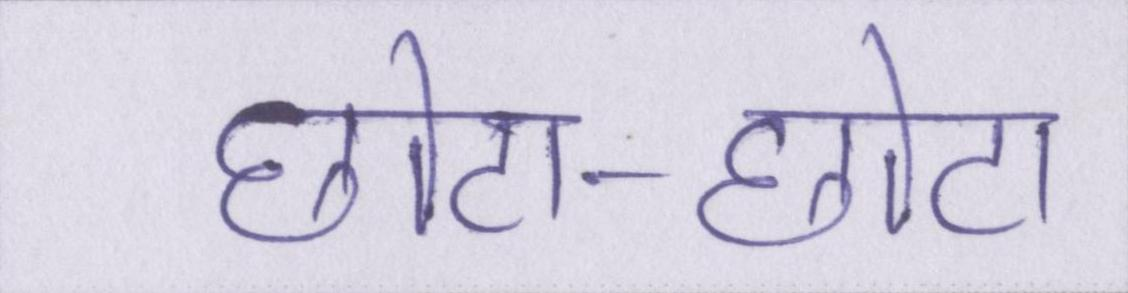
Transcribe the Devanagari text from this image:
छोटा-छोटा